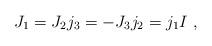
LaTeX: \begin{align*} J_1 = J_2 j_3 = - J_3j_2 = j_1I~,\end{align*}